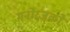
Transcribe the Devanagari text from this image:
मनोरंजकों